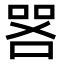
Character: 𫪟